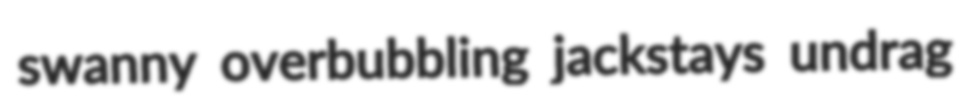
swanny overbubbling jackstays undrag